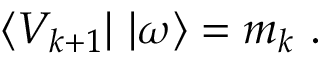
\langle V _ { k + 1 } | \ | \omega \rangle = m _ { k } \ .